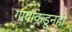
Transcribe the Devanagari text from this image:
गावाकडूनही